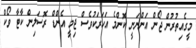
މީގެއިތުރުން ޖޯން އަންނަނީ ކޮންމެ އަހަރަކުވެސް ޖިމީ އެންޑް ރޮސަލިން ކާޓާ ވޯކް